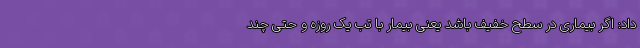
داد: اگر بیماری در سطح خفیف باشد یعنی بیمار با تب یک روزه و حتی چند